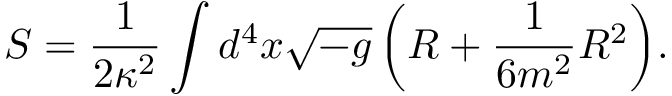
S = \frac { 1 } { 2 \kappa ^ { 2 } } \int { d ^ { 4 } x \sqrt { - g } \left( R + \frac { 1 } { 6 m ^ { 2 } } R ^ { 2 } \right) } .